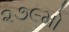
૨૭૯મો